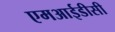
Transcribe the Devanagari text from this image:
एमआईडीसी